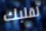
لقلبك